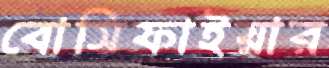
বোসিফাইয়ার